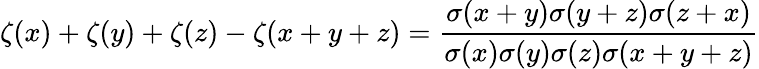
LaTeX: \zeta(x)+\zeta(y)+\zeta(z)-\zeta(x+y+z)={\frac{\sigma(x+y)\sigma(y+z)\sigma(z+x)}{\sigma(x)\sigma(y)\sigma(z)\sigma(x+y+z)}}